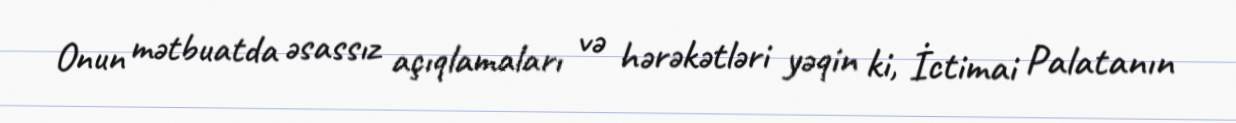
Onun mətbuatda əsassız açıqlamaları və hərəkətləri yəqin ki, İctimai Palatanın